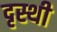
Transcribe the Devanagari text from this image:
दृस्थी